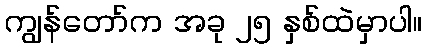
ကျွန်တော်က အခု ၂၅ နှစ်ထဲမှာပါ။